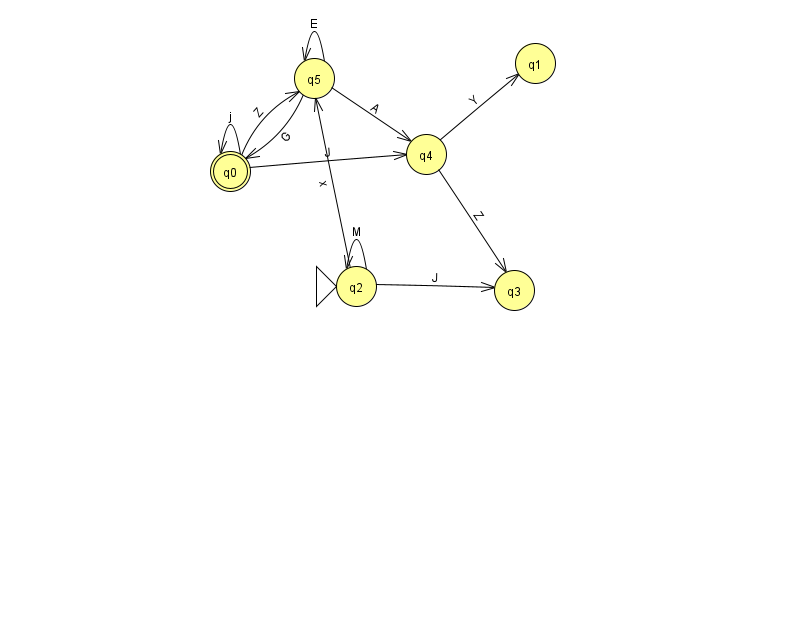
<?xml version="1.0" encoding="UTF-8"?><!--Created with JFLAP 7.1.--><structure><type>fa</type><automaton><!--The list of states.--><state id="0" name="q0"><x>230.0</x><y>158.0</y><final/></state><state id="1" name="q1"><x>535.0</x><y>50.0</y></state><state id="2" name="q2"><x>356.0</x><y>273.0</y><initial/></state><state id="3" name="q3"><x>514.0</x><y>277.0</y></state><state id="4" name="q4"><x>426.0</x><y>141.0</y></state><state id="5" name="q5"><x>314.0</x><y>65.0</y></state><!--The list of transitions.--><transition><from>5</from><to>0</to><read>G</read></transition><transition><from>4</from><to>1</to><read>Y</read></transition><transition><from>5</from><to>4</to><read>A</read></transition><transition><from>2</from><to>5</to><read>x</read></transition><transition><from>5</from><to>5</to><read>E</read></transition><transition><from>4</from><to>3</to><read>Z</read></transition><transition><from>2</from><to>3</to><read>J</read></transition><transition><from>0</from><to>0</to><read>j</read></transition><transition><from>0</from><to>5</to><read>Z</read></transition><transition><from>2</from><to>2</to><read>M</read></transition><transition><from>0</from><to>4</to><read>J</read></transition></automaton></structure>